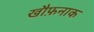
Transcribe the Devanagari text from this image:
खौफ़नाक